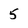
Character: 5